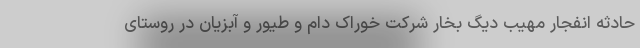
حادثه انفجار مهیب دیگ بخار شرکت خوراک دام و طیور و آبزیان در روستای